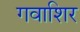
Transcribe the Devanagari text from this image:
गवाशिर